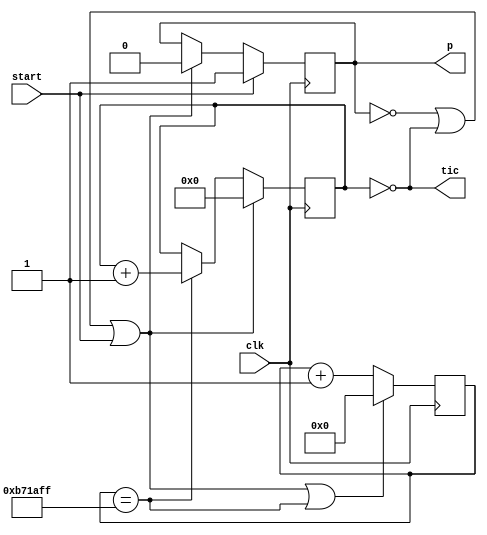
module v56885a_v3140f5 #(
 parameter SEG = 0
) (
 input clk,
 input start,
 output p,
 output tic
);
 localparam M = 12000000;
 localparam N = $clog2(M);
 wire rst_heart;
 wire ov_heart;
 wire ena;
 wire tic_heart;
 reg [N-1:0] heart=0;
 always @(posedge clk)
   if (rst_heart)
     heart <= 0;
   else
     heart <= heart + 1;
 assign ov_heart = (heart == M-1);
 assign tic_heart = ov_heart;
 assign rst_heart =~ena | ov_heart;
 reg [7:0] counter = 0;
 wire ov;
 wire rst;
 always @(posedge clk)
 if (rst)
   counter <= 0;
 else
   if (tic_heart)
     counter <= counter + 1;
 assign ov = (counter == SEG);
 reg q = 0;
 always @(posedge clk)
   if (start)
     q <= 1'b1;
   else if (rst)
     q<=1'b0;
 assign rst = ~q | ov | start;
 assign ena = ~rst;
 assign p = q;
 assign tic = ov;
endmodule